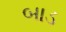
બાડ